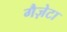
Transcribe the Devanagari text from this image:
गैज़ेटा